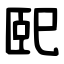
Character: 巸